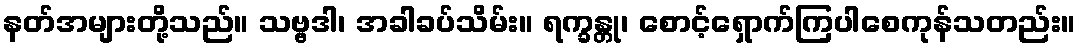
နတ်အများတို့သည်။ သဗ္ဗဒါ၊ အခါခပ်သိမ်း။ ရက္ခန္တု၊ စောင့်ရှောက်ကြပါစေကုန်သတည်း။